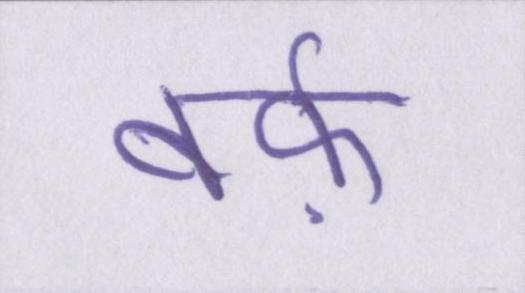
बर्फ़